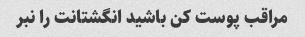
مراقب پوست کن باشید انگشتانت را نبر